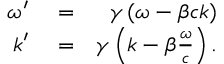
\begin{array} { r l r } { \omega ^ { \prime } } & { { } = } & { \gamma \left( \omega - \beta c k \right) } \\ { k ^ { \prime } } & { { } = } & { \gamma \left( k - \beta \frac { \omega } { c } \right) . } \end{array}